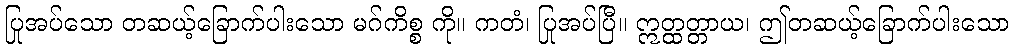
ပြုအပ်သော တဆယ့်ခြောက်ပါးသော မဂ်ကိစ္စ ကို။ ကတံ၊ ပြုအပ်ပြီ။ ဣတ္ထတ္တာယ၊ ဤတဆယ့်ခြောက်ပါးသော